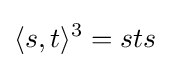
\langle s,t\rangle ^{3}=sts